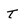
Character: t